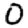
Digit: 0